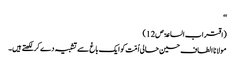
‘‘
(اقتراب الساعۃ ص12)
مولانا الطاف حسین حالی اُمّت کو ایک باغ سے تشبیہ دے کرلکھتے ہیں۔